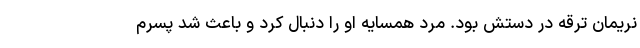
نریمان ترقه در دستش بود. مرد همسایه او را دنبال کرد و باعث شد پسرم